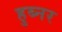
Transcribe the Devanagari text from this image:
हुब्नर